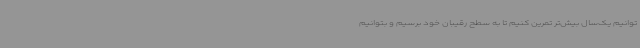
‌توانیم یک‌سال بیش‌تر تمرین کنیم تا به سطح رقیبان خود برسیم و بتوانیم